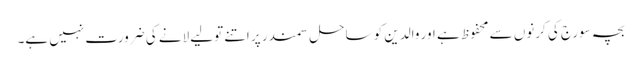
بچہ سورج کی کرنوں سے محفوظ ہے اور والدین کو ساحل سمندر پر اتنے تولیے لانے کی ضرورت نہیں ہے۔